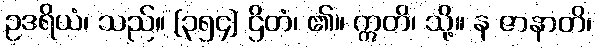
ဥဒရိယံ၊ သည်။ [၃၅၄] ဌိတံ၊ ၏။ ဣတိ၊ သို့။ န ဇာနာတိ၊